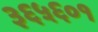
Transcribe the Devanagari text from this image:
३६५६०१